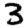
Digit: 3